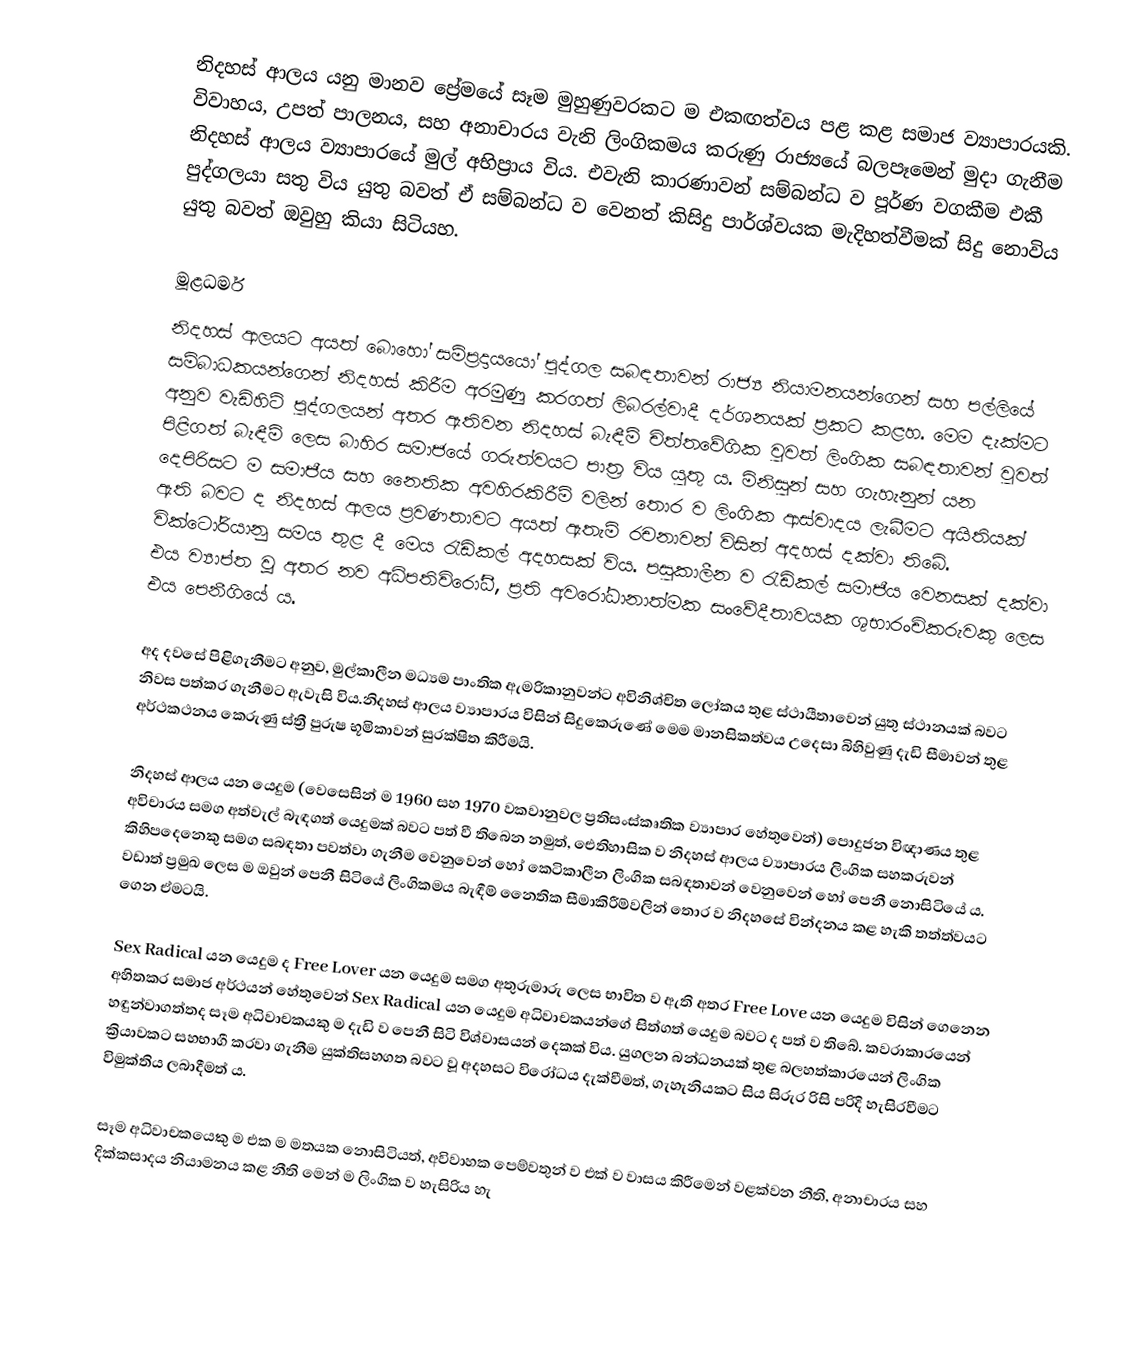
නිදහස් ආලය යනු මානව ප්‍රේමයේ සෑම මුහුණුවරකට ම  එකඟත්වය පළ කළ සමාජ ව්‍යාපාරයකි. විවාහය, උපත් පාලනය, සහ අනාචාරය වැනි ලිංගිකමය කරුණු රාජ්‍යයේ බලපෑමෙන් මුදා ගැනීම නිදහස් ආලය ව්‍යාපාරයේ මුල් අභිප්‍රාය විය. එවැනි කාරණාවන් සම්බන්ධ ව පූර්ණ වගකීම එකී පුද්ගලයා සතු විය යුතු බවත් ඒ සම්බන්ධ ව වෙනත් කිසිදු පාර්ශ්වයක මැදිහත්වීමක් සිදු නොවිය යුතු බවත් ඔවුහු කියා සිටියහ.

මූළධර්ම
නිදහස් ආලයට අයත් බොහෝ සම්ප්‍රදායයෝ පුද්ගල සබඳතාවන් රාජ්‍ය නියාමනයන්ගෙන් සහ පල්ලියේ සම්බාධකයන්ගෙන් නිදහස් කිරීම අරමුණු කරගත් ලිබරල්වාදී දර්ශනයක් ප්‍රකට කළහ. මෙම දැක්මට අනුව වැඩිහිටි පුද්ගලයන් අතර ඇතිවන නිදහස් බැඳීම් චිත්තවේගික වුවත් ලිංගික සබඳතාවන් වුවත් පිළිගත් බැඳීම් ලෙස බාහිර සමාජයේ ගරුත්වයට පාත්‍ර විය යුතු ය. මිනිසුන් සහ ගැහැනුන් යන දෙපිරිසට ම සමාජීය සහ නෛතික අවහිරකිරීම් වලින් තොර ව ලිංගික ආස්වාදය ලැබීමට අයිතියක් ඇති බවට ද නිදහස් ආලය ප්‍රවණතාවට අයත් ඇතැම් රචනාවන් විසින් අදහස් දක්වා තිබේ. වික්ටෝරියානු සමය තුළ දී මෙය රැඩිකල් අදහසක් විය. පසුකාලීන ව රැඩිකල් සමාජීය වෙනසක් දක්වා එය ව්‍යාප්ත වූ අතර නව අධිපතිවිරෝධී, ප්‍රති අවරෝධානාත්මක සංවේදීතාවයක ශුභාරංචිකරුවකු ලෙස එය පෙනීගියේ ය.

අද දවසේ පිළිගැනීමට අනුව, මුල්කාලීන මධ්‍යම පාංතික ඇමරිකානුවන්ට අවිනිශ්චිත ලෝකය තුළ ස්ථායීතාවෙන් යුතු ස්ථානයක් බවට නිවස පත්කර ගැනීමට ඇවැසි විය.නිදහස් ආලය ව්‍යාපාරය විසින් සිදුකෙරුණේ මෙම මානසිකත්වය උදෙසා බිහිවුණු දැඩි සීමාවන් තුළ අර්ථකථනය කෙරුණු ස්ත්‍රී පුරුෂ භූමිකාවන් සුරක්ෂිත කිරීමයි.

නිදහස් ආලය යන යෙදුම (වෙසෙසින් ම 1960 සහ  1970 වකවානුවල ප්‍රතිසංස්කෘතික ව්‍යාපාර හේතුවෙන්)  පොදුජන විඥාණය තුළ අවිචාරය සමග අත්වැල් බැඳගත් යෙදුමක් බවට පත් වී තිබෙන නමුත්, ඓතිහාසික ව නිදහස් ආලය ව්‍යාපාරය ලිංගික සහකරුවන් කිහිපදෙනෙකු සමග සබඳතා පවත්වා ගැනීම වෙනුවෙන්  හෝ කෙටිකාලීන ලිංගික සබඳතාවන් වෙනුවෙන් හෝ පෙනී නොසිටියේ ය. වඩාත් ප්‍රමුඛ ලෙස ම ඔවුන් පෙනී සිටියේ ලිංගිකමය බැඳීම් නෛතික සීමාකිරීම්වලින් තොර ව නිදහසේ වින්දනය කළ හැකි  තත්ත්වයට ගෙන ඒමටයි.

Sex Radical යන යෙදුම ද Free Lover යන යෙදුම සමග අතුරුමාරු ලෙස භාවිත ව ඇති අතර Free Love යන යෙදුම විසින් ගෙනෙන අහිතකර සමාජ අර්ථයන් හේතුවෙන් Sex Radical යන යෙදුම අධිවාචකයන්ගේ සිත්ගත් යෙදුම බවට ද පත් ව තිබේ. කවරාකාරයෙන් හඳුන්වාගත්තද සෑම අධිවාචකයකු ම දැඩි ව පෙනී සිටි විශ්වාසයන් දෙකක් විය. යුගලන බන්ධනයක් තුළ බලහත්කාරයෙන් ලිංගික ක්‍රියාවකට සහභාගී කරවා ගැනීම යුක්තිසහගත බවට වූ අදහසට විරෝධය දැක්වීමත්, ගැහැනියකට සිය සිරුර රිසි පරිදි හැසිරවීමට විමුක්තිය ලබාදීමත් ය.

සෑම අධිවාචකයෙකු ම එක ම මතයක නොසිටියත්, අවිවාහක පෙම්වතුන් ව එක් ව වාසය කිරීමෙන් වළක්වන නීති, අනාචාරය සහ දික්කසාදය නියාමනය කළ නීති මෙන් ම ලිංගික ව හැසිරිය හැ